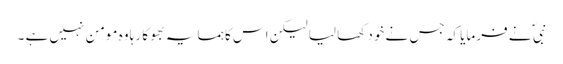
نبی ؐ نے فرمایا کہ جس نے خود کھا لیا لیکن اس کا ہمسایہ بھوکا رہا وہ مومن نہیں ہے ۔